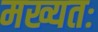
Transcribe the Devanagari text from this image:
मख्यतः